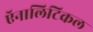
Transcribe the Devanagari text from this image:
ऍनालिटिकल